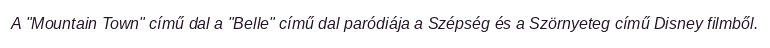
A "Mountain Town" című dal a "Belle" című dal paródiája a Szépség és a Szörnyeteg című Disney filmből.